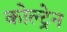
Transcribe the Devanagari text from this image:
कोल्ट्रेन